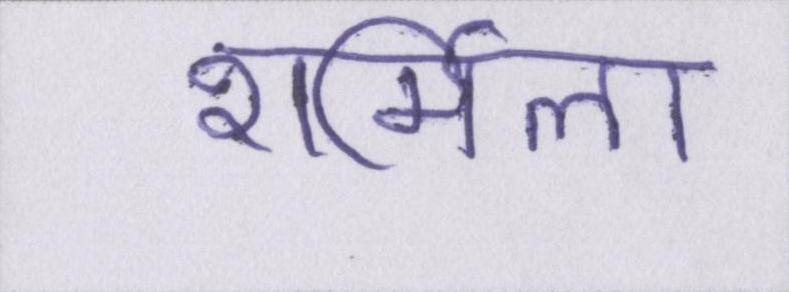
शर्मिला